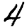
Digit: 4